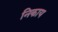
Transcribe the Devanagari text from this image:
निकाय